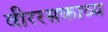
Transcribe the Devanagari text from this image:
वीररसकाव्य